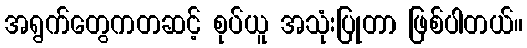
အရွက်တွေကတဆင့် စုပ်ယူ အသုံးပြုတာ ဖြစ်ပါတယ်။